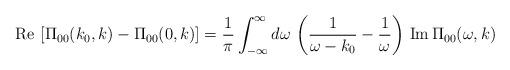
LaTeX: \begin{align*}{\rm Re}\,\left[\Pi_{00} (k_{0},k) - \Pi_{00} (0,k)\right] = {1\over\pi} \int_{-\infty}^{\infty} d\omega\,\left({1\over \omega - k_{0}} -{1\over \omega}\right)\,{\rm Im}\,\Pi_{00}(\omega, k)\end{align*}